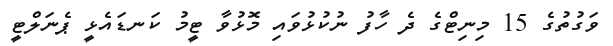
ވަގުތުގެ 15 މިނިޓްގެ ދެ ހާފު ނުކުޅުވައި މޮޅުވާ ޓީމު ކަނޑައެޅީ ޕެނަލްޓީ